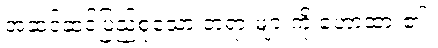
အဆင့်ဆင့်ပြည့်စုံသော တရားများကို ဟောထား၏။